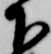
下